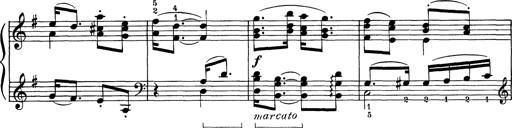
Title: 5 Ungarische Volkslieder
Composer: Franz Liszt